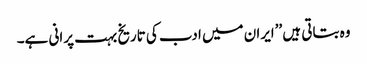
وہ بتاتی ہیں ’’ایران میں ادب کی تاریخ بہت پرانی ہے۔